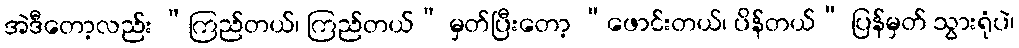
အဲဒီတော့လည်း “ကြည်တယ်၊ ကြည်တယ်” မှတ်ပြီးတော့ “ဖောင်းတယ်၊ ပိန်တယ်” ပြန်မှတ် သွားရုံပဲ၊